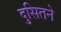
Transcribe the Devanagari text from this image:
दुसितने